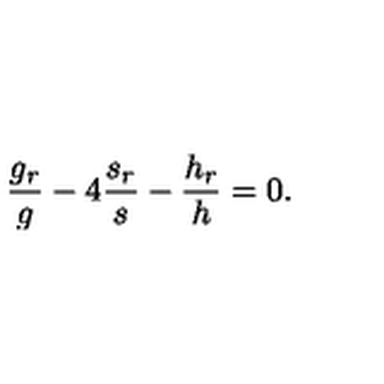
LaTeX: \frac { g _ { r } } { g } - 4 \frac { s _ { r } } { s } - \frac { h _ { r } } { h } = 0 .